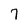
Character: 7